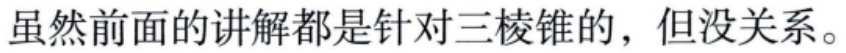
虽然前面的讲解都是针对三棱锥的，但没关系。